Document type: Grant of rights
Year: 1326
Scribe: Bernat de Vilarúbia
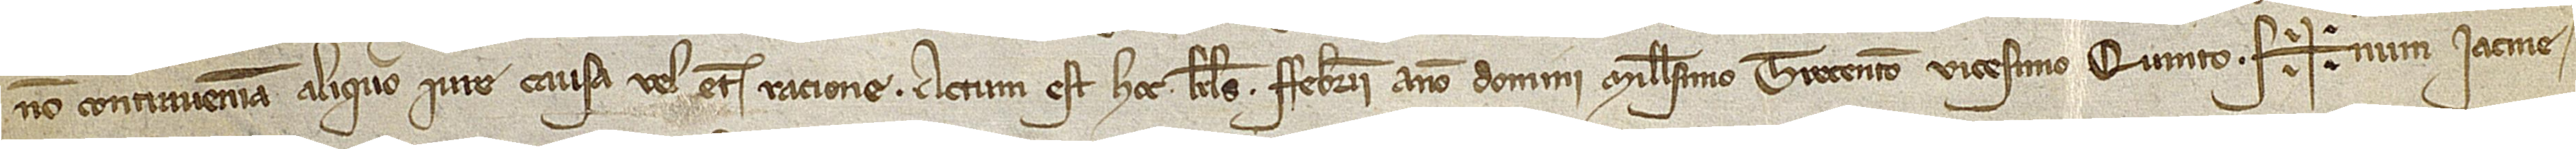
non contraveniam aliquo iure, causa vel etiam ratione.   Actum est hoc kalendas febrarii, anno Domini millesimo trecentesimo vicesimo quinto. Sig+num Iacme-